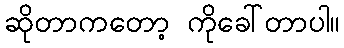
ဆိုတာကတော့ ကိုခေါ်တာပါ။